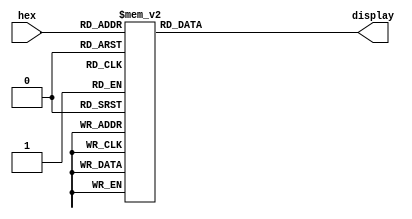
module hex_decoder #(
  parameter invert = 0
) (
  input [3:0] hex,
  output [6:0] display
);

reg [6:0] led;

assign display = invert ? ~led : led;

always @(*) begin
	case(hex)
		4'h1: led = 7'b1111001;	  // ---t----
		4'h2: led = 7'b0100100; 	// |	  |
		4'h3: led = 7'b0110000; 	// lt	 rt
		4'h4: led = 7'b0011001; 	// |	  |
		4'h5: led = 7'b0010010; 	// ---m----
		4'h6: led = 7'b0000010; 	// |	  |
		4'h7: led = 7'b1111000; 	// lb	 rb
		4'h8: led = 7'b0000000; 	// |	  |
		4'h9: led = 7'b0011000; 	// ---b----
		4'ha: led = 7'b0001000;
		4'hb: led = 7'b0000011;
		4'hc: led = 7'b1000110;
		4'hd: led = 7'b0100001;
		4'he: led = 7'b0000110;
		4'hf: led = 7'b0001110;
		4'h0: led = 7'b1000000;
		default: led = 7'b1000000;
  endcase
end

endmodule